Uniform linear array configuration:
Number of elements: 48
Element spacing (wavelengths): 0.75
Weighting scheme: kaiser
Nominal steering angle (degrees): -45
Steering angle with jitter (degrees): -43.552
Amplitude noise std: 0.05
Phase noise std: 0.05

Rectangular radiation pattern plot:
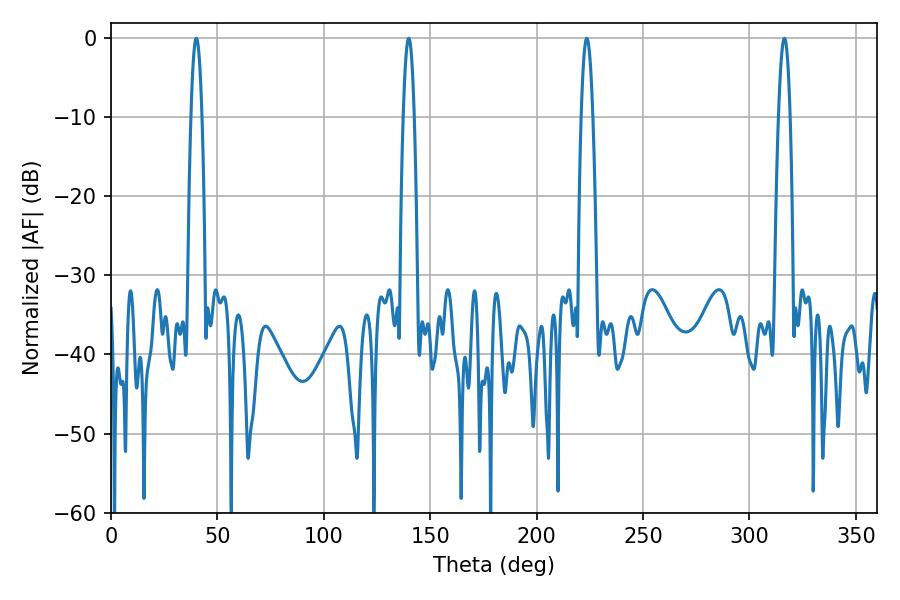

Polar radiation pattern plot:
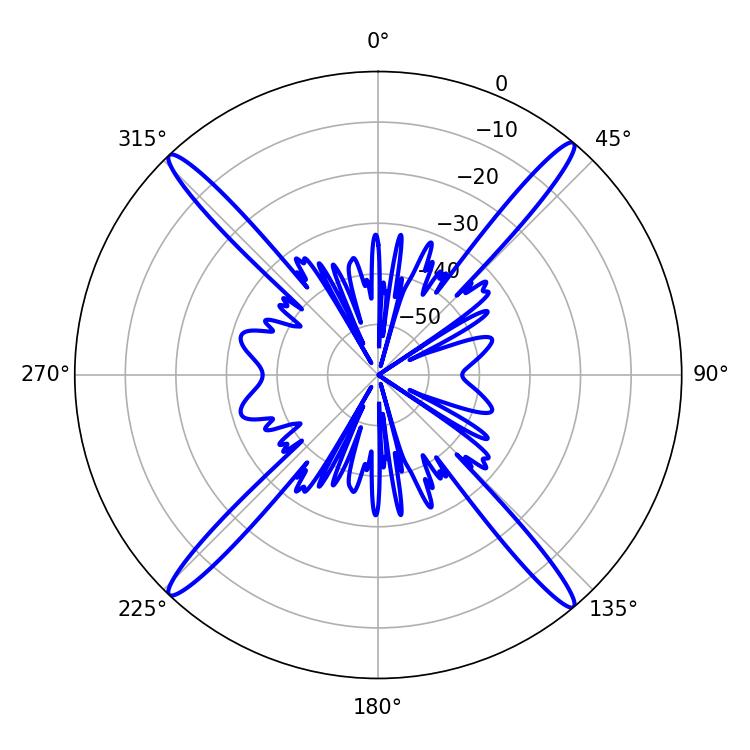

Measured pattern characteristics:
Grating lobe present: TRUE
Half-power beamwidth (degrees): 2.88
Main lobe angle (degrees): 223.56